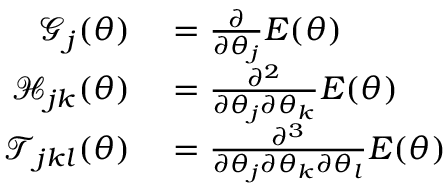
\begin{array} { r l } { \mathcal { G } _ { j } ( { \boldsymbol { \theta } } ) } & { { } = \frac { \partial } { \partial \theta _ { j } } E ( { \boldsymbol { \theta } } ) } \\ { \mathcal { H } _ { j k } ( { \boldsymbol { \theta } } ) } & { { } = \frac { \partial ^ { 2 } } { \partial \theta _ { j } \partial \theta _ { k } } E ( { \boldsymbol { \theta } } ) } \\ { \mathcal { T } _ { j k l } ( { \boldsymbol { \theta } } ) } & { { } = \frac { \partial ^ { 3 } } { \partial \theta _ { j } \partial \theta _ { k } \partial \theta _ { l } } E ( { \boldsymbol { \theta } } ) } \end{array}